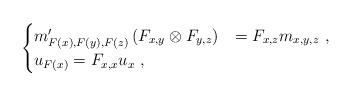
LaTeX: \begin{align*}\begin{cases} m'_{F(x),F(y),F(z)} \left( F_{x,y} \otimes F_{y,z} \right) &= F_{x,z} m_{x,y,z}\ ,\\ u_{F(x)} =F_{x,x}u_x\ ,\end{cases}\end{align*}